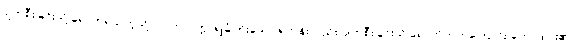
ပျက်စီးခြင်းသို့ ရောက်ရသကဲ့သို့ လာဘသက္ကာရခြုံတိုးသော ရဟန်းလည်း ပျက်စီးခြင်းသို့ ရောက်တတ်ကြောင်း ဟောထား၏။